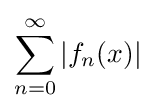
\sum _{n=0}^{\infty }|f_{n}(x)|